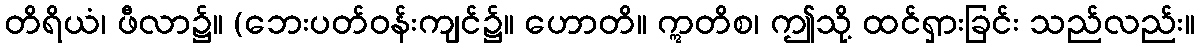
တိရိယံ၊ ဖီလာ၌။ (ဘေးပတ်ဝန်းကျင်၌။ ဟောတိ။ ဣတိစ၊ ဤသို့ ထင်ရှားခြင်း သည်လည်း။